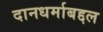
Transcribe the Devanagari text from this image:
दानधर्माबद्दल